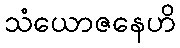
သံယောဇနေဟိ